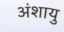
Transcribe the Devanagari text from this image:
अंशायु